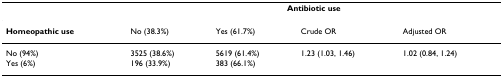
<table><thead><tr><td>[EMPTY_CELL]</td><td colspan="4"><b>Antibiotic use</b></td></tr></thead><tbody><tr><td><b>Homeopathic use</b></td><td>No (38.3%)</td><td>Yes (61.7%)</td><td>Crude OR</td><td>Adjusted OR</td></tr><tr><td>No (94%)</td><td>3525 (38.6%)</td><td>5619 (61.4%)</td><td>1.23 (1.03, 1.46)</td><td>1.02 (0.84, 1.24)</td></tr><tr><td>Yes (6%)</td><td>196 (33.9%)</td><td>383 (66.1%)</td><td>[EMPTY_CELL]</td><td>[EMPTY_CELL]</td></tr></tbody></table>